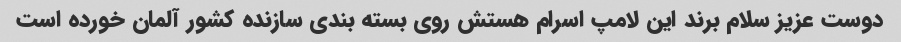
دوست عزیز سلام برند این لامپ اسرام هستش روی بسته بندی سازنده کشور آلمان خورده است